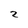
Character: 2